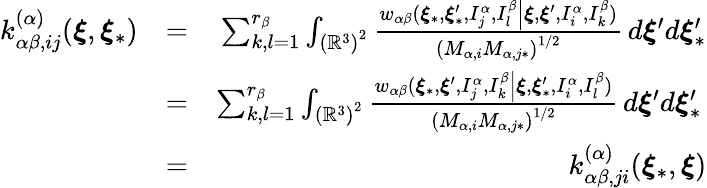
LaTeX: \begin{array}{rlr}{k_{\alpha\beta,ij}^{\left(\alpha\right)}(\boldsymbol{\xi},\boldsymbol{\xi}_{\ast})}&{=}&{\sum_{k,l=1}^{r_{\beta}}\int_{\left(\mathbb{R}^{3}\right)^{2}}\frac{w_{\alpha\beta}(\boldsymbol{\xi}_{\ast},\boldsymbol{\xi}_{\ast}^{\prime},I_{j}^{\alpha},I_{l}^{\beta}\left\vert\boldsymbol{\xi},\boldsymbol{\xi}^{\prime},I_{i}^{\alpha},I_{k}^{\beta}\right.)}{\left(M_{\alpha,i}M_{\alpha,j\ast}\right)^{1/2}}\, d\boldsymbol{\xi}^{\prime}d\boldsymbol{\xi}_{\ast}^{\prime}}\\ &{=}&{\sum_{k,l=1}^{r_{\beta}}\int_{\left(\mathbb{R}^{3}\right)^{2}}\frac{w_{\alpha\beta}(\boldsymbol{\xi}_{\ast},\boldsymbol{\xi}^{\prime},I_{j}^{\alpha},I_{k}^{\beta}\left\vert\boldsymbol{\xi},\boldsymbol{\xi}_{\ast}^{\prime},I_{i}^{\alpha},I_{l}^{\beta}\right.)}{\left(M_{\alpha,i}M_{\alpha,j\ast}\right)^{1/2}}\, d\boldsymbol{\xi}^{\prime}d\boldsymbol{\xi}_{\ast}^{\prime}\, }\\ &{=}&{k_{\alpha\beta,ji}^{\left(\alpha\right)}(\boldsymbol{\xi}_{\ast},\boldsymbol{\xi})}\end{array}